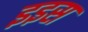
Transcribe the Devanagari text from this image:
इइस